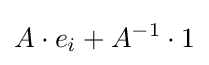
A\cdot e_{i}+A^{-1}\cdot 1